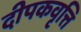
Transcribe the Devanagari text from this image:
दीपकवृत्ति